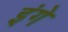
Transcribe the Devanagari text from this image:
इंगे